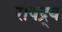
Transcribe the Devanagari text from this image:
राषद्र्य